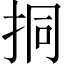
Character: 挏